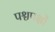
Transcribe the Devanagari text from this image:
पश्चपक्षों